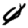
Digit: 4